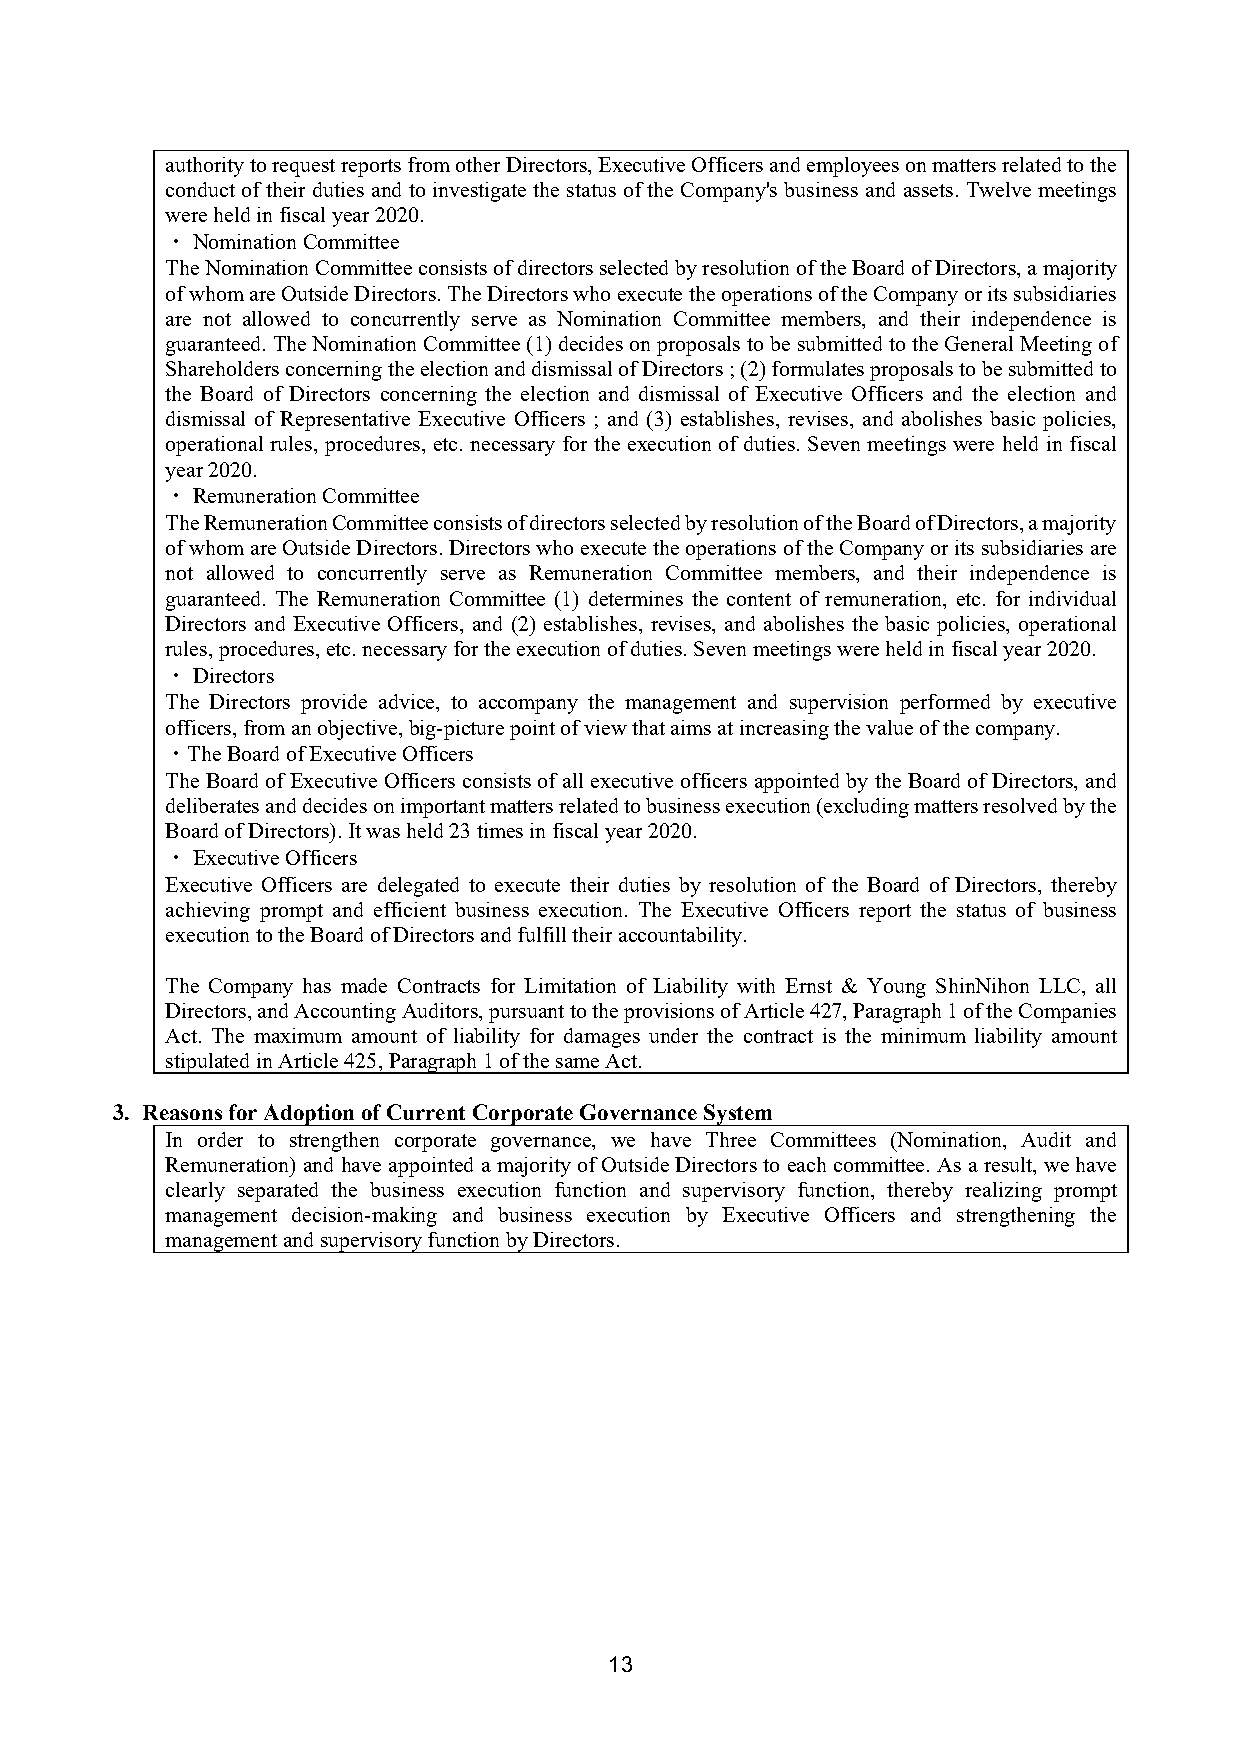
authority to request reports from other Directors, Executive Officers and employees on matters related to the
 conduct of their duties and to investigate the status of the Company's business and assets. Twelve meetings
 were held in fiscal year 2020.
 ・ Nomination Committee
 The Nomination Committee consists of directors selected by resolution of the Board of Directors, a majority
 of whom are Outside Directors. The Directors who execute the operations of the Company or its subsidiaries
 are not allowed to concurrently serve as Nomination Committee members, and their independence is
 guaranteed. The Nomination Committee (1) decides on proposals to be submitted to the General Meeting of
 Shareholders concerning the election and dismissal of Directors ; (2) formulates proposals to be submitted to
 the Board of Directors concerning the election and dismissal of Executive Officers and the election and
 dismissal of Representative Executive Officers ; and (3) establishes, revises, and abolishes basic policies,
 operational rules, procedures, etc. necessary for the execution of duties. Seven meetings were held in fiscal
 year 2020.
 ・ Remuneration Committee
 The Remuneration Committee consists of directors selected by resolution of the Board of Directors, a majority
 of whom are Outside Directors. Directors who execute the operations of the Company or its subsidiaries are
 not allowed to concurrently serve as Remuneration Committee members, and their independence is
 guaranteed. The Remuneration Committee (1) determines the content of remuneration, etc. for individual
 Directors and Executive Officers, and (2) establishes, revises, and abolishes the basic policies, operational
 rules, procedures, etc. necessary for the execution of duties. Seven meetings were held in fiscal year 2020.
 ・ Directors
 The Directors provide advice, to accompany the management and supervision performed by executive
 officers, from an objective, big-picture point of view that aims at increasing the value of the company.
 ・The Board of Executive Officers
 The Board of Executive Officers consists of all executive officers appointed by the Board of Directors, and
 deliberates and decides on important matters related to business execution (excluding matters resolved by the
 Board of Directors). It was held 23 times in fiscal year 2020.
 ・ Executive Officers
 Executive Officers are delegated to execute their duties by resolution of the Board of Directors, thereby
 achieving prompt and efficient business execution. The Executive Officers report the status of business
 execution to the Board of Directors and fulfill their accountability.
 The Company has made Contracts for Limitation of Liability with Ernst & Young ShinNihon LLC, all
 Directors, and Accounting Auditors, pursuant to the provisions of Article 427, Paragraph 1 of the Companies
 Act. The maximum amount of liability for damages under the contract is the minimum liability amount
 stipulated in Article 425, Paragraph 1 of the same Act.
 3. Reasons for Adoption of Current Corporate Governance System
 In order to strengthen corporate governance, we have Three Committees (Nomination, Audit and
 Remuneration) and have appointed a majority of Outside Directors to each committee. As a result, we have
 clearly separated the business execution function and supervisory function, thereby realizing prompt
 management decision-making and business execution by Executive Officers and strengthening the
 management and supervisory function by Directors.
 13